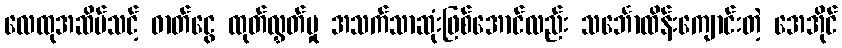
လေထုအဆိပ်သင့် ဓာတ်ငွေ ထုတ်လွှတ်မှု အသက်သာဆုံးဖြစ်အောင်လည်း သင်္ဘောထိန်းကျောင်းတဲ့ အေအိုင်